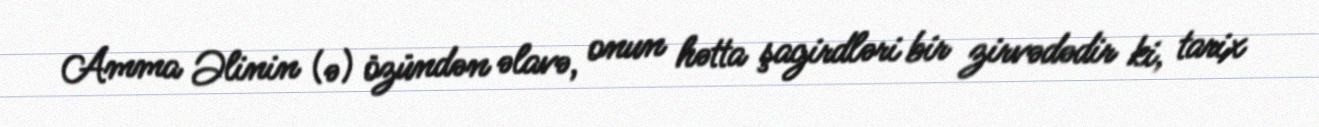
Amma Əlinin (ə) özündən əlavə, onun hətta şagirdləri bir zirvədədir ki, tarix